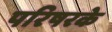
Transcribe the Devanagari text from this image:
परिषरके